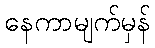
နေကာမျက်မှန်